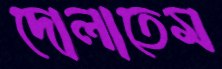
দোলাতেম